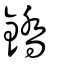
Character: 鐈